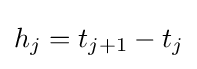
h_{j}=t_{j+1}-t_{j}